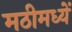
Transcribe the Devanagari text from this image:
मठीमध्यें